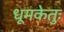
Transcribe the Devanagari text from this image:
धूमकेतुः